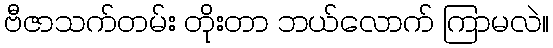
ဗီဇာသက်တမ်း တိုးတာ ဘယ်လောက် ကြာမလဲ။